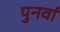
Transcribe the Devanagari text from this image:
पुनर्वा